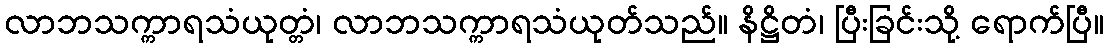
လာဘသက္ကာရသံယုတ္တံ၊ လာဘသက္ကာရသံယုတ်သည်။ နိဋ္ဌိတံ၊ ပြီးခြင်းသို့ ရောက်ပြီ။